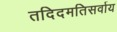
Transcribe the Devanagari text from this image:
तदिदमतिसर्वाय